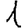
Digit: 1